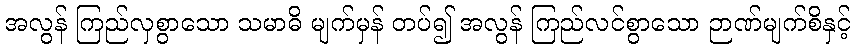
အလွန် ကြည်လှစွာသော သမာဓိ မျက်မှန် တပ်၍ အလွန် ကြည်လင်စွာသော ဉာဏ်မျက်စိနှင့်